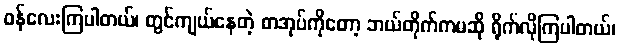
ဝန်လေးကြပါတယ်၊ တွင်ကျယ်နေတဲ့ စာအုပ်ကိုတော့ ဘယ်တိုက်ကမဆို ရိုက်လိုကြပါတယ်၊